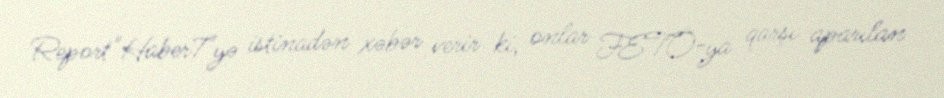
Report"Haber7"yə istinadən xəbər verir ki, onlar FETÖ-ya qarşı aparılan